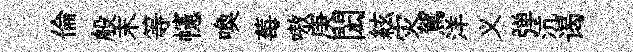
倫般末等幰喚莓嗷庚閎絃灾駕洋义弹沆谒